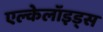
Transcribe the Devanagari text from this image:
एल्केलॉइड्स